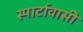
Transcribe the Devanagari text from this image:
स्पार्टावासी